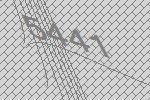
5441